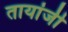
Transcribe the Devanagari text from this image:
तायांजी